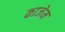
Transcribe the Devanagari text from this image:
काजेम